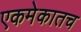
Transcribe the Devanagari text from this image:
एकमेकातच